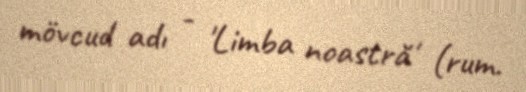
mövcud adı - 'Limba noastră' (rum.